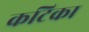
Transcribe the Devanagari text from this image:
कटिका